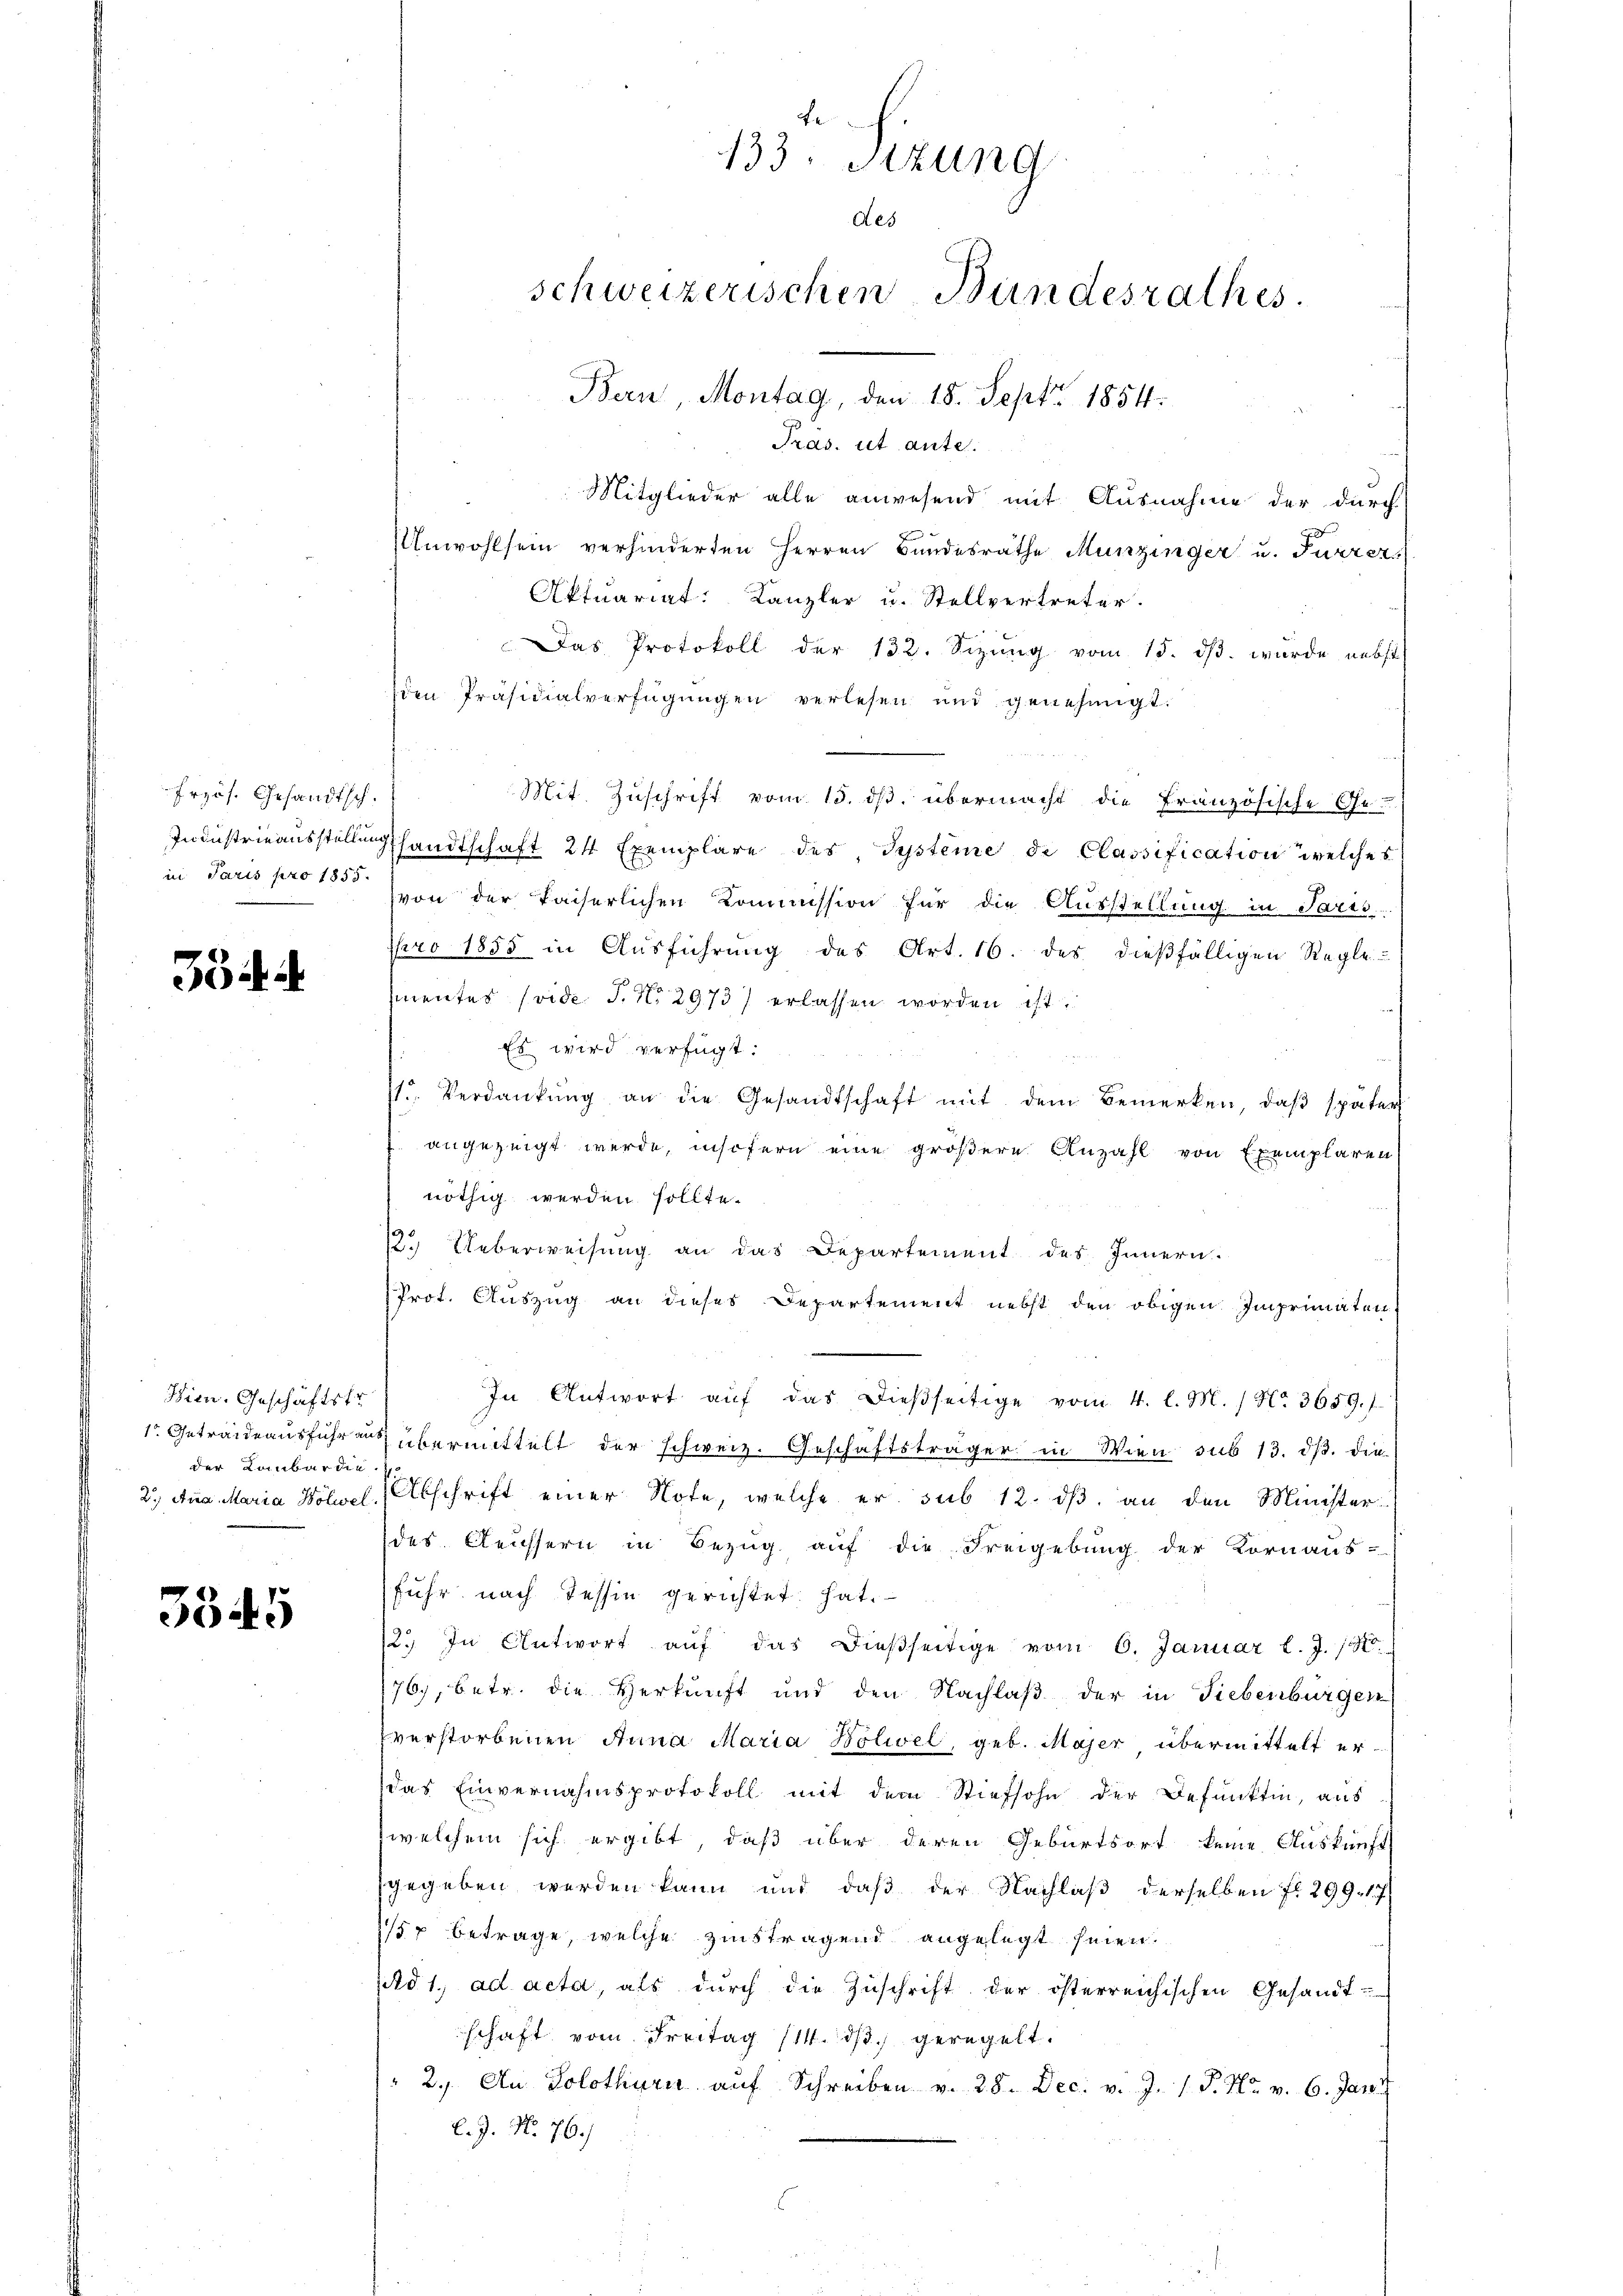
frzös. Gesandtsch.

354. d.

Wien. Geschäftstr
der Lombardie

3545

Pras. ist aute.
Mitglieder alle anwesend mit Ausnahme der durch
Unwohlsein verhinderten Herren Bundesrathe Munzinger u. Furrer,
Aktuariat: Kanzler u. Stellvertreter.
Das Protokoll der 132. Sizŭng vom 15. dβ. wurde nebst
den Präsidialverfügungen verlesen und genehmigt.
Mit Zuschrift vom 15. ds. übermacht die Französische Ge-
Industrieausstellung handtschaft 24 Exemplare des Systeme de Classification welches
in Paris pro 1800 von der kaiserlichen Kommission für die Ausstellung in Paris
Nro 1855 in Ausführung des Art. 16. des dießfälligen Regle
mentes soide P. No 2973) erlassen worden ist.
Es wird verfügt:
11. Verdankŭng an die Gesandtschaft mit dem Bemerken, daβ später
angezeigt werde, insofern eine größere Anzahl von Exemplaren
nöthig werden sollte.
½. Ueberweisung an das Departement des Innern.
Prot. Auszug an dieses Departement nebst den obigen Imprimaten.
In Antwort aŭf das dießseitige vom 4. l. M. / No. 3659.)
1 Getraideausführung übermittelt der schweiz. Geschäftsträger in Wien sub 13. ds. die
2. Aug. Maria Hösel, (Abschrift einer Note, welche er sub 12. ds. an den Minister
des Aeussern in Bezug auf die Freigebung der Kornaus-
fuhr nach Tessin gerichtet hat.
2. In Antwort aŭf das dieβseitige vom 6. Januar l. J. 18
767, betr. die Herkunft und den Nachlaß der in Liebenbürgen
verstorbenen Anna Maria Bolwel, geb. Majer übermittelt erdas Einvernahmsprotokoll mit dem Stiefsohn der Befunktin, aus
welchem sich ergibt, daß über deren Geburtsort keine Auskunft
gegeben werden kann und daß der Nachlaß derselben fl. 299. 17
1/57 betrage, welche zinstragend angelegt seien.
Ad 1. ad acta, als durch die Zuschrift der österreichischen Gesandt-
schaft vom Freitag 111. ds geregelt.
2. An Solothurn aŭf Schreiben v. 28. Dec. v. J. 1 S. Nr. v. 6. Jani
l. J. No. 76.)

133. Sizung
des
schweizerischen Bundesrathes.
Bern, Montag, den 18. Sept. 1854.